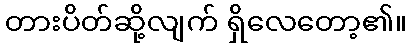
တားပိတ်ဆို့လျက် ရှိလေတော့၏။